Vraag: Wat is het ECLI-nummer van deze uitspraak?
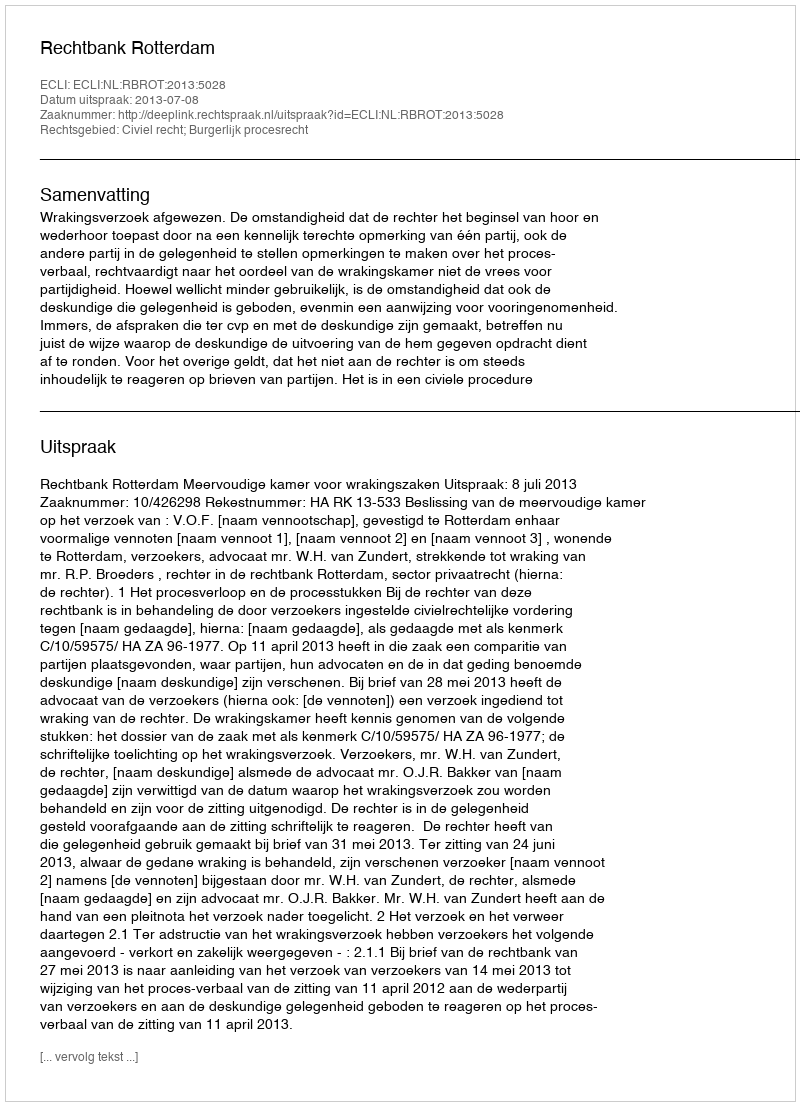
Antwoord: ECLI:NL:RBROT:2013:5028